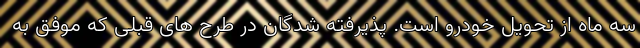
سه ماه از تحویل خودرو است. پذیرفته شدگان در طرح های قبلی که موفق به